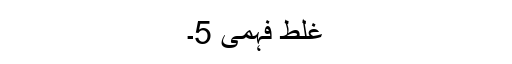
غلط فہمی 5۔